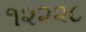
૧૨૨૨૮